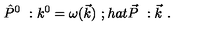
\hat { P } ^ { 0 } \ : k ^ { 0 } = \omega ( \vec { k } ) \ ; h a t { \vec { P } } \ : \vec { k } \ .